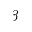
\beta